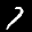
Label: 7